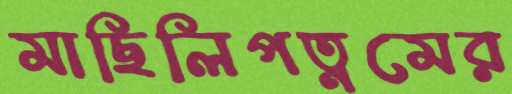
মাছিলিপত্নমের